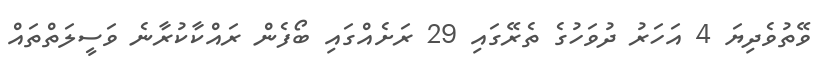
ވޭތުވެދިޔަ 4 އަހަރު ދުވަހުގެ ތެރޭގައި 29 ރަށެއްގައި ބޯފެން ރައްކާކުރާނެ ވަސީލަތްތައް